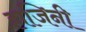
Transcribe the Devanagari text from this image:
हाजिनी